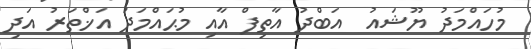
މުހައްމަދު ޔޫޝައު  އަބްދު އާތިފް އާއި މުޙައްމަދު އަޚްތަރު އަދި